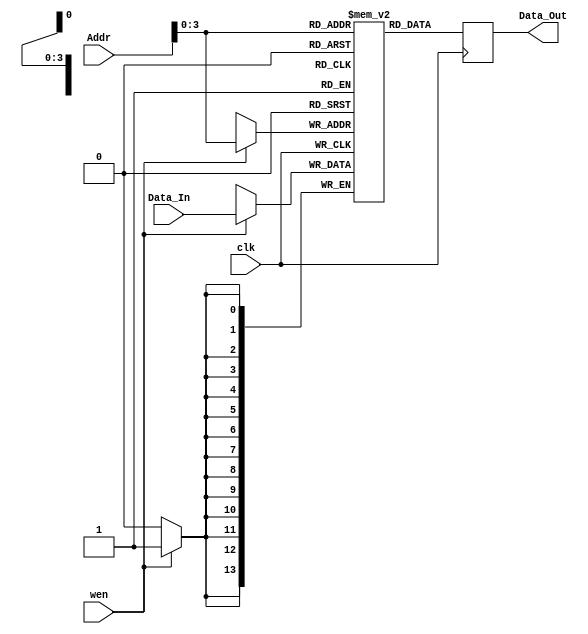
`timescale 1ns / 1ps
//////////////////////////////////////////////////////////////////////////////////
// Company: 
// Engineer: 
// 
// Design Name: 
// Module Name: RAM_State
// Project Name: 
// Target Devices: 
// Tool Versions: 
// Description: 
// 
// Dependencies: 
// 
// Revision:
// Revision 0.01 - File Created
// Additional Comments:
// 
//////////////////////////////////////////////////////////////////////////////////


module RAM_State(
    input clk,
    input wen,
    input [9:0]Addr,
    input [13:0] Data_In,
    output [13:0] Data_Out
    );

    reg [13:0] Data;
    reg [13:0] Slot_State [9:0];    //

    assign Data_Out = Data;

    always @ (posedge clk ) begin
        if (wen) begin  //
            Data <= Slot_State[Addr];
            Slot_State[Addr] <= Data_In;
        end else begin  //
            Data <= Slot_State[Addr];
        end 
    end 
endmodule